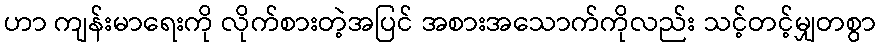
ဟာ ကျန်းမာရေးကို လိုက်စားတဲ့အပြင် အစားအသောက်ကိုလည်း သင့်တင့်မျှတစွာ